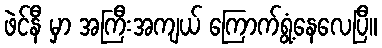
ဖဲင်နီ မှာ အကြီးအကျယ် ကြောက်ရွံ့နေလေပြီ။